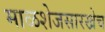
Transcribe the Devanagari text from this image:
माळशेजसारखेच